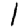
Digit: 1